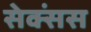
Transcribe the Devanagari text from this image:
सेक्संस